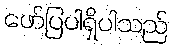
ဖော်ပြပါရှိပါသည်